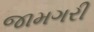
જામગરી